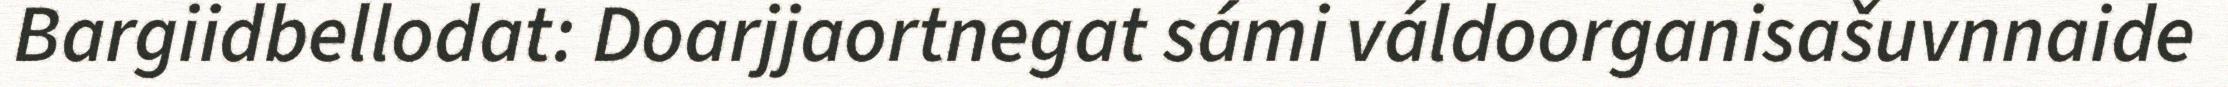
Bargiidbellodat: Doarjjaortnegat sámi váldoorganisašuvnnaide